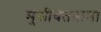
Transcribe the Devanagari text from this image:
मुसीबतनामा